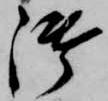
御